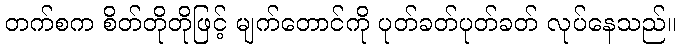
တက်စက စိတ်တိုတိုဖြင့် မျက်တောင်ကို ပုတ်ခတ်ပုတ်ခတ် လုပ်နေသည်။